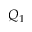
Q _ { 1 }